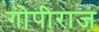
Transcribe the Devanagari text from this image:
गोपीराज